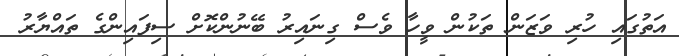
އަތުގައި ހުރި ވަޒަން ތަކުން ވީހާ ވެސް ގިނައިރު ބޭނުންކޮށް ސިފައިންގެ ތައްޔާރު